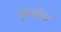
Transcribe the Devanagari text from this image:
ऐंफिबिया